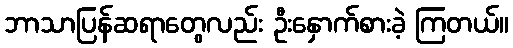
ဘာသာပြန်ဆရာတွေလည်း ဦးနှောက်စားခဲ့ ကြတယ်။